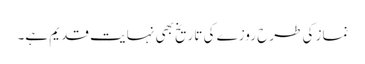
نماز کی طرح روزے کی تاریخ بھی نہایت قدیم ہے۔